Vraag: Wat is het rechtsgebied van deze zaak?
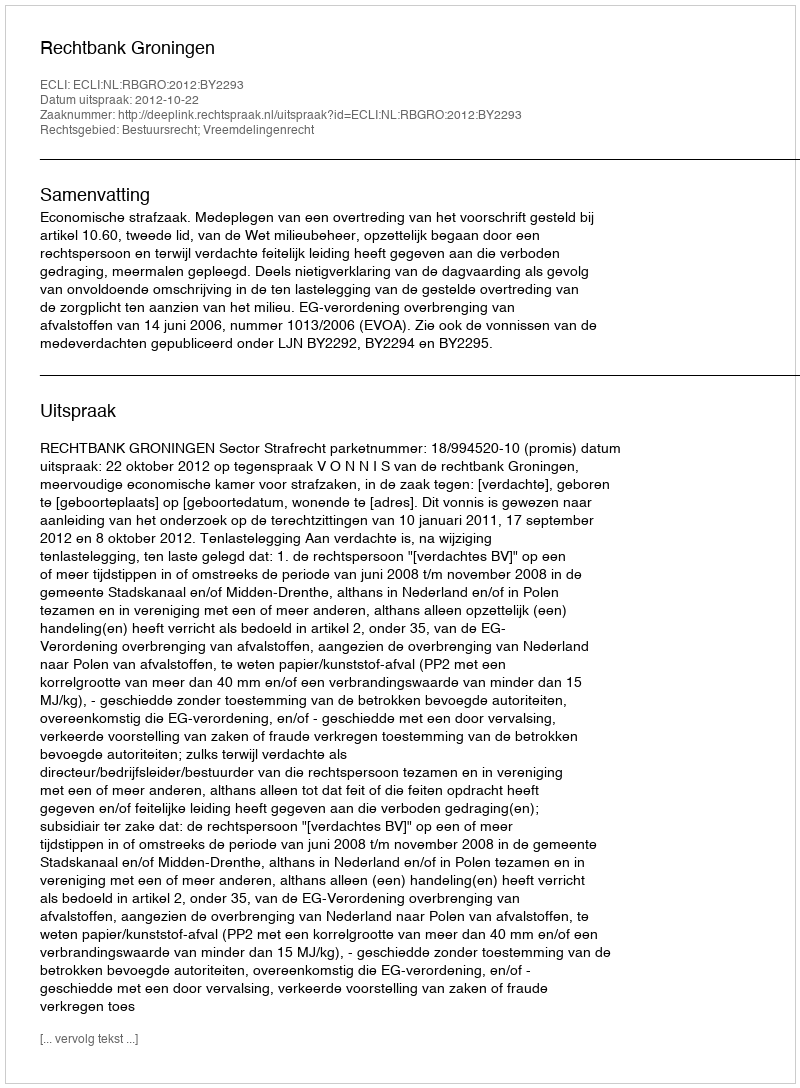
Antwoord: Bestuursrecht; Vreemdelingenrecht